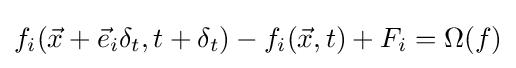
f_{i}({\vec {x}}+{\vec {e}}_{i}\delta _{t},t+\delta _{t})-f_{i}({\vec {x}},t)+F_{i}=\Omega (f)